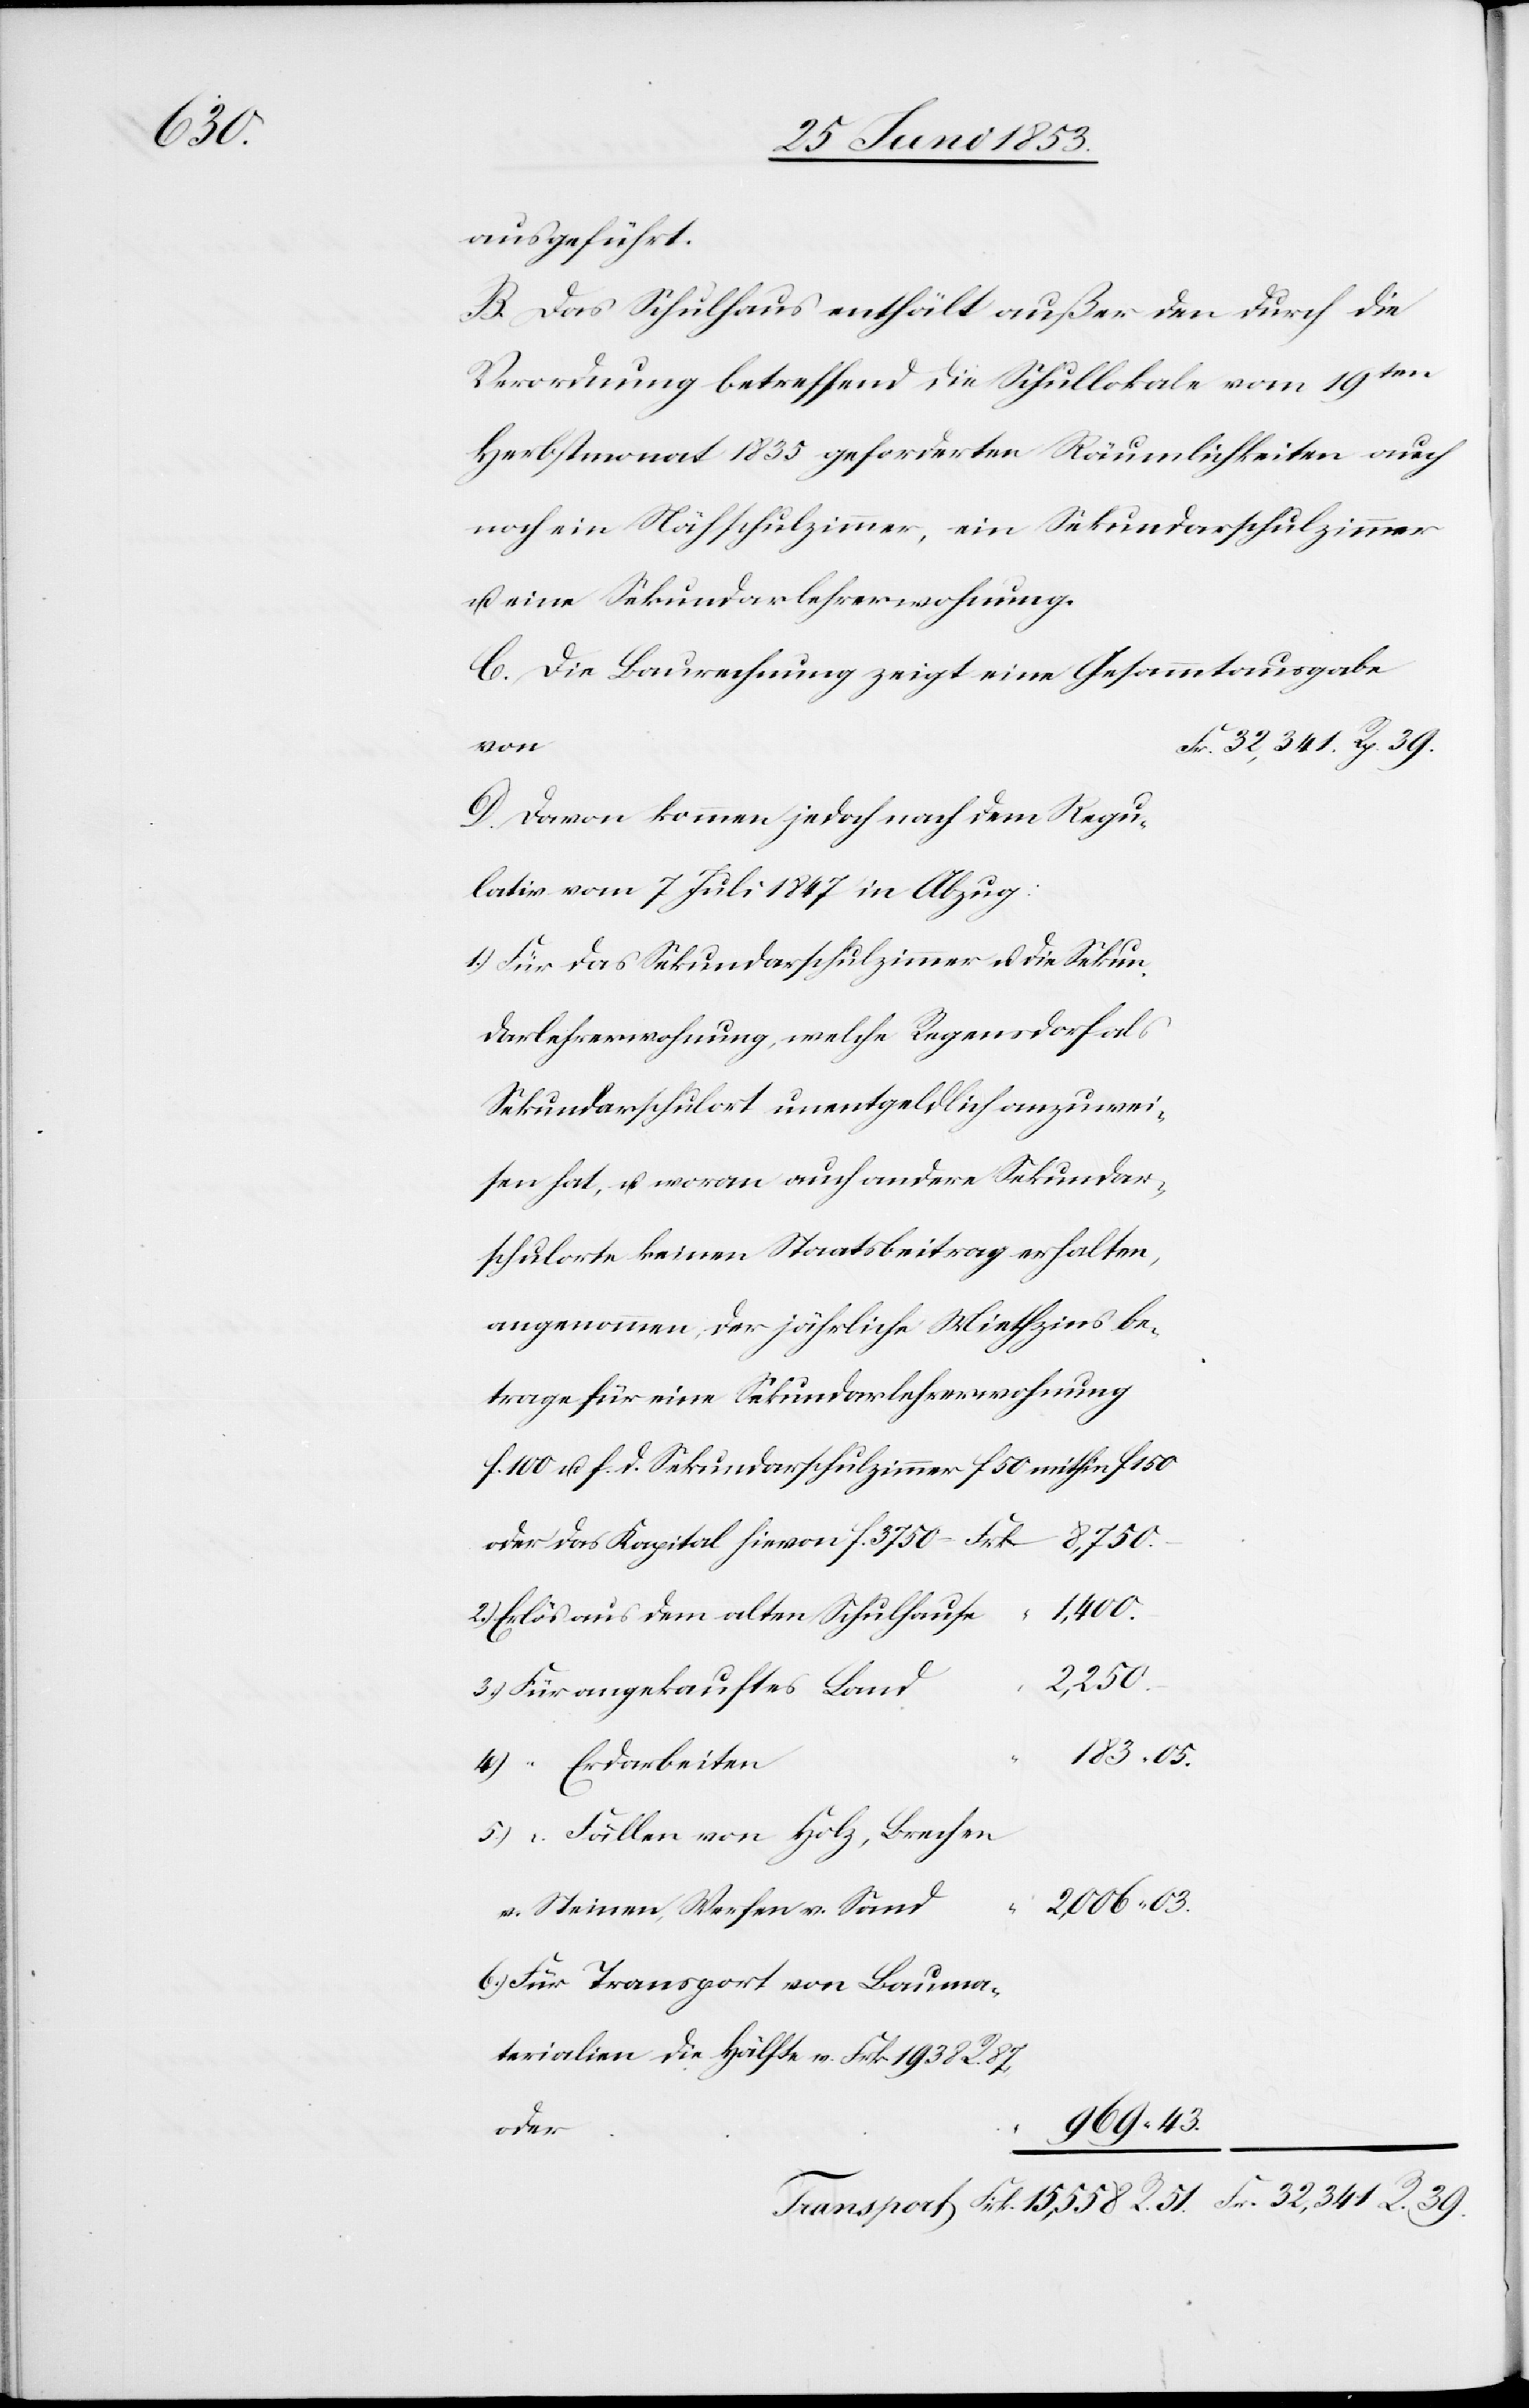
1938

ausgeführt.
B. Das Schulhaus enthält außer den durch die
Verordnung betreffend die Schullokale vom 19ten.
Herbstmonat 1835 geforderten Räumlichkeiten auch
noch ein Nähschulzimmer, ein Sekundarschulzimmer
u. eine Sekundarlehrerwohnung.
C. Die Baurechnung zeigt eine Gesammtausgabe
D. Davon kommen jedoch nach dem Regu¬
lativ vom 7 Juli 1847 in Abzug:
1.) Für das Sekundarschulzimmer u. die Sekun¬
Sekundarschulort unentgeldlich anzuwei¬
schulorte keinen Staatsbeitrag erhalten,
angenommen der jährlich Miethzins be¬
trage für eine Sekundarlehrerwohnung
f. 100 u. f. d. Sekundarlehrerzimmer f. 50 mithin f. 150
oder das Kapital hievon f. 3750 –	 Frk. 8,750.
2.) Erlös aus dem alten Schulhaus¬
R. 87
3.) Für angekauftes Land
183. 05.
6.) “		Fällen von Holz, Brechen
b) Für Transport von Bauma¬
969. 43.
–
Transport Frk. 15,558. R. 51	Frk. 32,341. R. 39.